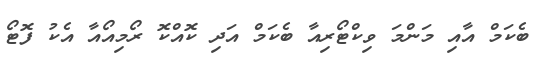
ބެކަމް އާއި މަންމަ ވިކްޓޯރިއާ ބެކަމް އަދި ކޮއްކޮ ރޯމިއޯއާ އެކު ފޮޓޯ